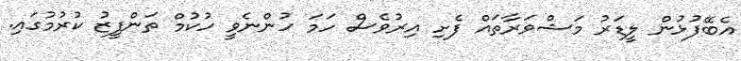
އެބޭފުޅުން ލީޑަރު މަޝްވަރާތައް ފެށި އިރުވެސް ހަމަ ހުންނެވީ ހުކުމް ތަންފީޒު ކުރުމުގައި.